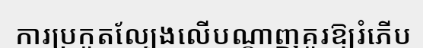
ការប្រកួតល្បែងលើបណ្តាញគួរឱ្យរំភើប